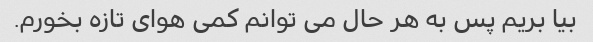
بیا بریم پس به هر حال می توانم کمی هوای تازه بخورم.